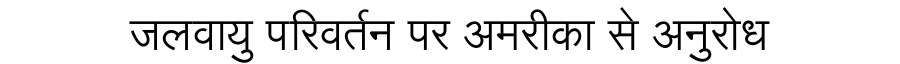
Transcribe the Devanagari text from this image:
जलवायु परिवर्तन पर अमरीका से अनुरोध